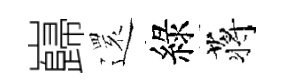
巋𮟃綠蒋